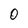
Character: O